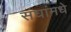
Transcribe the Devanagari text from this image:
संघांमधे